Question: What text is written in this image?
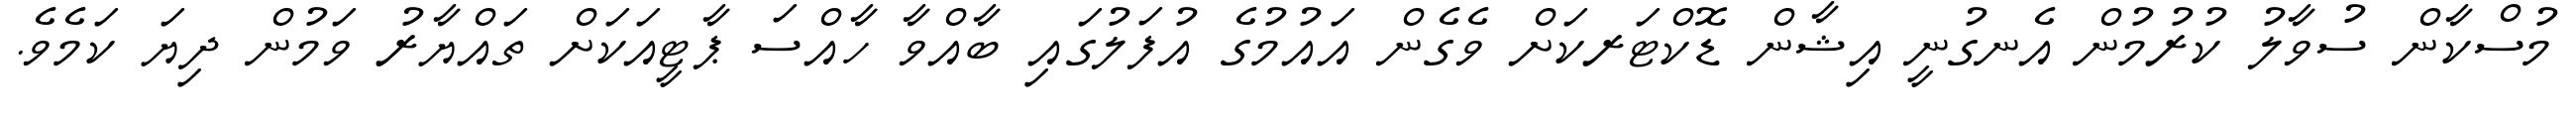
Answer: މުސްކާން ސުވާލު ކުރުމުން އެނގުނީ އިޝާން ޑޮކްޓަރކަށް ވެގެން އައުމުގެ އުފަލުގައި ބާއްވާ ހާއްސަ ޕާޓީއަކަށް ތައްޔާރު ވަމުން ދިޔަ ކަމެވެ.